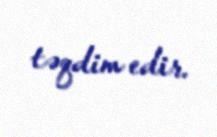
təqdim edir.